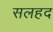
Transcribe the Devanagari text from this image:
सलहद